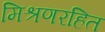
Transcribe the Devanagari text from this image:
मिश्रणरहित